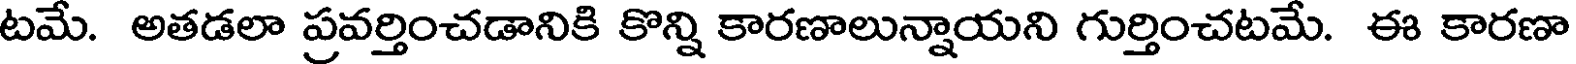
టమే. అతడలా ప్రవర్తించడానికి కొన్ని కారణాలున్నాయని గుర్తించటమే. ఈ కారణా